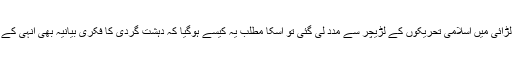
اگرکمیونزم کے خلاف لڑائی میں اسلامی تحریکوں کے لڑیچر سے مدد لی گئی تو اسکا مطلب یہ کیسے ہوگیا کہ دہشت گردی کا فکری بیانیہ بھی انہی کے لڑیچر سے وابستہ ہے۔